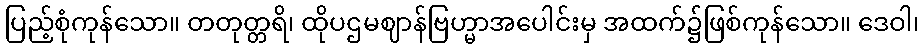
ပြည့်စုံကုန်သော။ တတုတ္တရိ၊ ထိုပဌမဈာန်ဗြဟ္မာအပေါင်းမှ အထက်၌ဖြစ်ကုန်သော။ ဒေဝါ၊